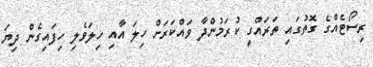
ރިސޯޓެއްގެ ގޮތުގައި ތަރައްގީ ކުރަމުންދާ ވައްކަރަށް ހިލަ އާއި ހިލަވެލި ހިފައިގެން ދިޔަ